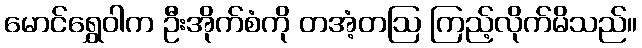
မောင်ရွှေဝါက ဦးအိုက်စံကို တအံ့တဩ ကြည့်လိုက်မိသည်။